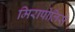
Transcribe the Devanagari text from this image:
मिरापोलिस